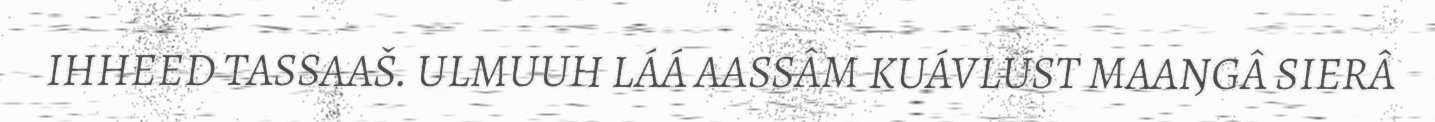
IHHEED TASSAAŠ. ULMUUH LÁÁ AASSÂM KUÁVLUST MAAŊGÂ SIERÂ